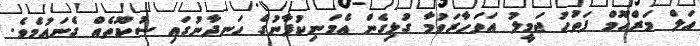
އަލް މަރްޙޫމް ފަތުހު ޖަމީލު އަވަހާރަވުމާ ގުޅިގެން އެމަނިކުފާނުގެ ހަނދާނުގައި ސުކޫތެއް ގެނައުމެވެ.